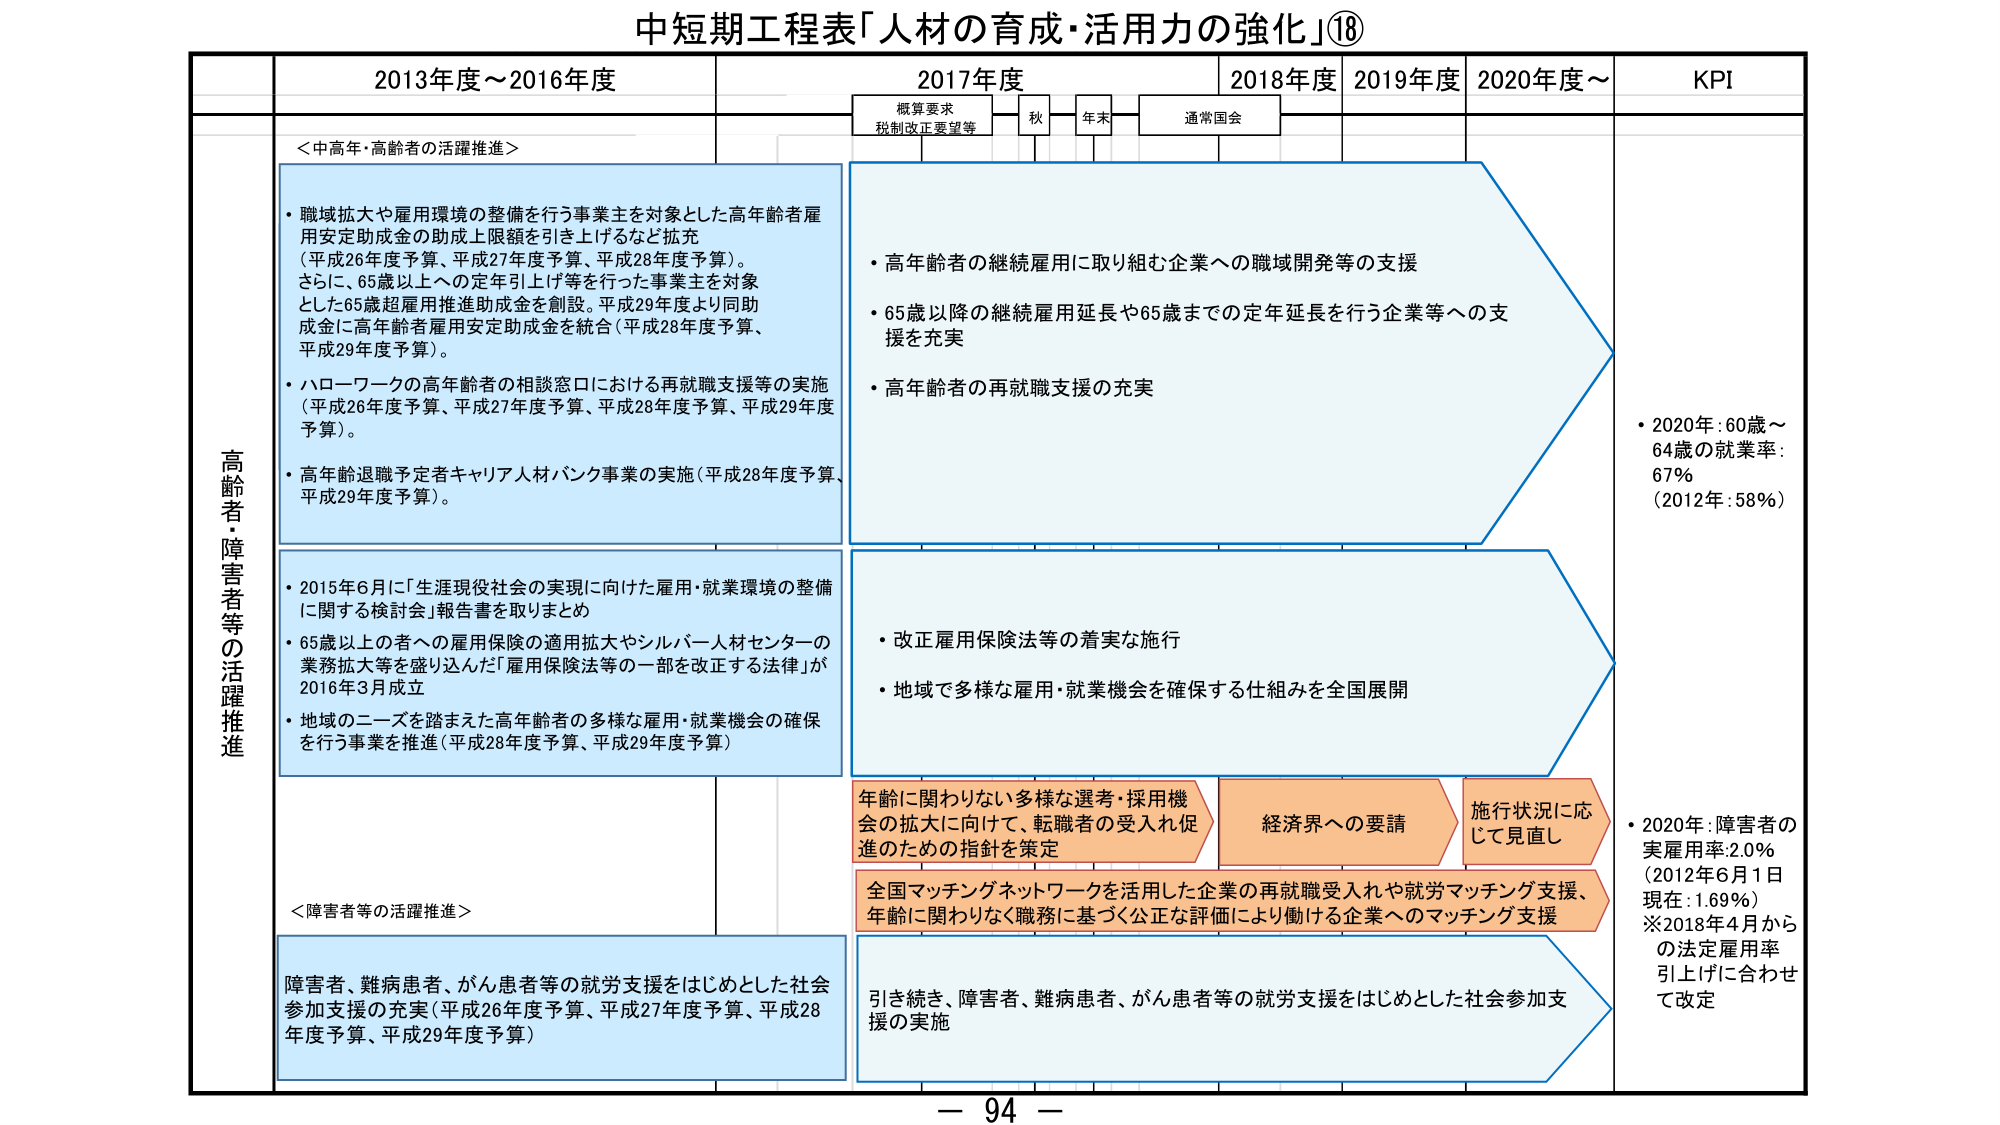
中短期工程表「人材の育成・活用力の強化」⑱

2013年度～2016年度
2017年度
2018年度
2019年度
2020年度～
KPI

概算要求
税制改正要望等
秋
年末
通常国会

高齢者・障害者等の活躍推進

＜中高年・高齢者の活躍推進＞

・職域拡大や雇用環境の整備を行う事業主を対象とした高年齢者雇用安定助成金の助成上限額を引き上げるなど拡充
（平成26年度予算、平成27年度予算、平成28年度予算）。
さらに、65歳以上への定年引上げ等を行った事業主を対象とした65歳超雇用推進助成金を創設。平成29年度より同助成金に高年齢者雇用安定助成金を統合（平成28年度予算、平成29年度予算）。

・ハローワークの高年齢者の相談窓口における再就職支援等の実施
（平成26年度予算、平成27年度予算、平成28年度予算、平成29年度予算）。

・高年齢退職予定者キャリア人材バンク事業の実施（平成28年度予算、平成29年度予算）。

・高年齢者の継続雇用に取り組む企業への職域開発等の支援
・65歳以降の継続雇用延長や65歳までの定年延長を行う企業等への支援を充実
・高年齢者の再就職支援の充実

・2020年：60歳～64歳の就業率：67％
（2012年：58％）

・2015年6月に「生涯現役社会の実現に向けた雇用・就業環境の整備に関する検討会」報告書を取りまとめ
・65歳以上の者の雇用保険の適用拡大やシルバー人材センターの業務拡大等を盛り込んだ「雇用保険法等の一部を改正する法律」が2016年3月成立
・地域のニーズを踏まえた高年齢者の多様な雇用・就業機会の確保を行う事業を推進（平成28年度予算、平成29年度予算）

・改正雇用保険法等の着実な施行
・地域で多様な雇用・就業機会を確保する仕組みを全国展開

年齢に関わりない多様な選考・採用機会の拡大に向けて、転職者の受入れ促進のための指針を策定

経済界への要請

施行状況に応じて見直し

全国マッチングネットワークを活用した企業の再就職受入れや就労マッチング支援、年齢に関わりなく職務に基づく公正な評価により働ける企業へのマッチング支援

＜障害者等の活躍推進＞

障害者、難病患者、がん患者等の就労支援をはじめとした社会参加支援の充実（平成26年度予算、平成27年度予算、平成28年度予算、平成29年度予算）

引き続き、障害者、難病患者、がん患者等の就労支援をはじめとした社会参加支援の実施

・2020年：障害者の実雇用率：2.0％
（2012年6月1日現在：1.69％）
※2018年4月からの法定雇用率引上げに合わせて改定

－ 94 －